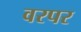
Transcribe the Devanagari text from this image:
वरपर